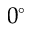
0 ^ { \circ }